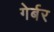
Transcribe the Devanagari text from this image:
गेर्बर